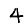
Digit: 4